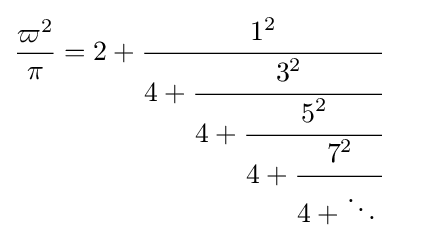
{\frac {\varpi ^{2}}{\pi }}={2+{\cfrac {1^{2}}{4+{\cfrac {3^{2}}{4+{\cfrac {5^{2}}{4+{\cfrac {7^{2}}{4+\ddots \,}}}}}}}}}\quad